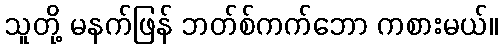
သူတို့ မနက်ဖြန် ဘတ်စ်ကက်ဘော ကစားမယ်။